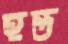
হন্ত